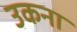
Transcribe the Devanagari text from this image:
उकना